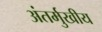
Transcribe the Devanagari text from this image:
अंतर्मुखीय